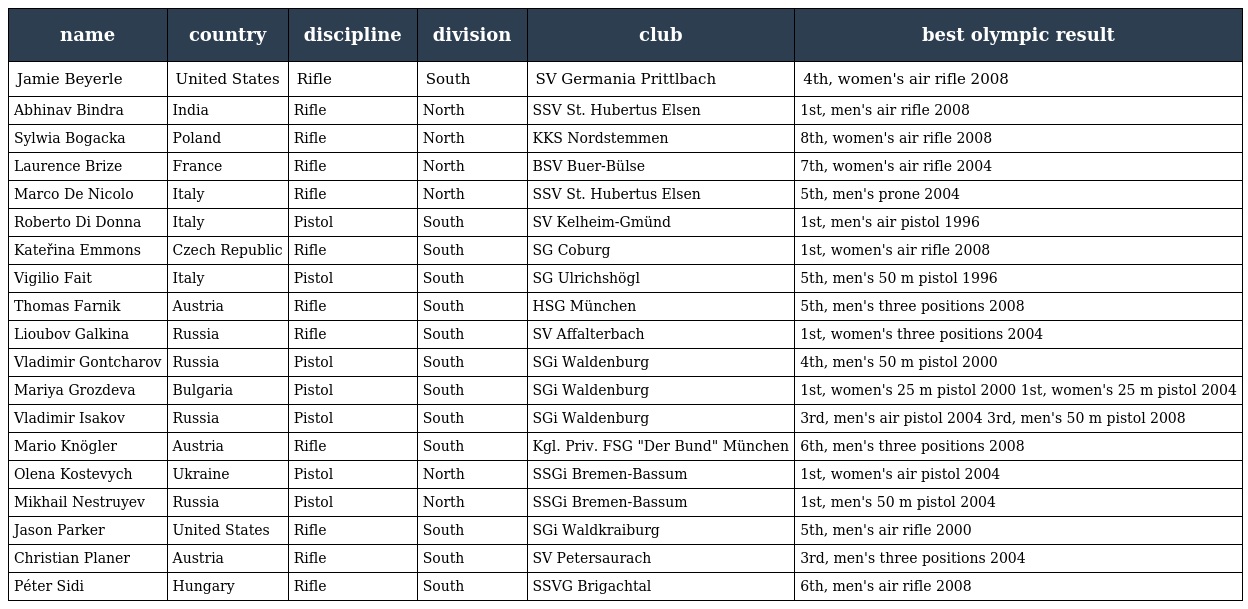
| name | country | discipline | division | club | best olympic result |
 | --- | --- | --- | --- | --- | --- |
 | Jamie Beyerle | United States | Rifle | South | SV Germania Prittlbach | 4th, women's air rifle 2008 |
 | Abhinav Bindra | India | Rifle | North | SSV St. Hubertus Elsen | 1st, men's air rifle 2008 |
 | Sylwia Bogacka | Poland | Rifle | North | KKS Nordstemmen | 8th, women's air rifle 2008 |
 | Laurence Brize | France | Rifle | North | BSV Buer-Bülse | 7th, women's air rifle 2004 |
 | Marco De Nicolo | Italy | Rifle | North | SSV St. Hubertus Elsen | 5th, men's prone 2004 |
 | Roberto Di Donna | Italy | Pistol | South | SV Kelheim-Gmünd | 1st, men's air pistol 1996 |
 | Kateřina Emmons | Czech Republic | Rifle | South | SG Coburg | 1st, women's air rifle 2008 |
 | Vigilio Fait | Italy | Pistol | South | SG Ulrichshögl | 5th, men's 50 m pistol 1996 |
 | Thomas Farnik | Austria | Rifle | South | HSG München | 5th, men's three positions 2008 |
 | Lioubov Galkina | Russia | Rifle | South | SV Affalterbach | 1st, women's three positions 2004 |
 | Vladimir Gontcharov | Russia | Pistol | South | SGi Waldenburg | 4th, men's 50 m pistol 2000 |
 | Mariya Grozdeva | Bulgaria | Pistol | South | SGi Waldenburg | 1st, women's 25 m pistol 2000 1st, women's 25 m pistol 2004 |
 | Vladimir Isakov | Russia | Pistol | South | SGi Waldenburg | 3rd, men's air pistol 2004 3rd, men's 50 m pistol 2008 |
 | Mario Knögler | Austria | Rifle | South | Kgl. Priv. FSG "Der Bund" München | 6th, men's three positions 2008 |
 | Olena Kostevych | Ukraine | Pistol | North | SSGi Bremen-Bassum | 1st, women's air pistol 2004 |
 | Mikhail Nestruyev | Russia | Pistol | North | SSGi Bremen-Bassum | 1st, men's 50 m pistol 2004 |
 | Jason Parker | United States | Rifle | South | SGi Waldkraiburg | 5th, men's air rifle 2000 |
 | Christian Planer | Austria | Rifle | South | SV Petersaurach | 3rd, men's three positions 2004 |
 | Péter Sidi | Hungary | Rifle | South | SSVG Brigachtal | 6th, men's air rifle 2008 |